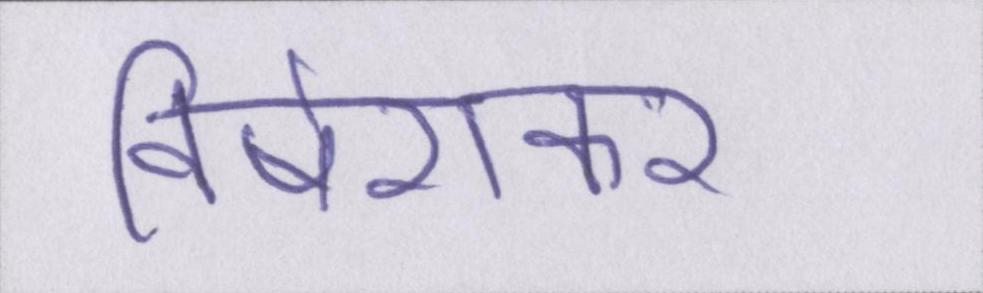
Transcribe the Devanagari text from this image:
विषेशकर